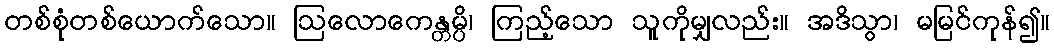
တစ်စုံတစ်ယောက်သော။ ဩလောကေန္တမ္ပိ၊ ကြည့်သော သူကိုမျှလည်း။ အဒိသွာ၊ မမြင်ကုန်၍။